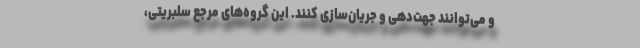
و می‌توانند جهت‌دهی و جریان‌سازی کنند. این گروه‌های مرجع سلبریتی،